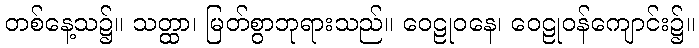
တစ်နေ့သ၌။ သတ္ထာ၊ မြတ်စွာဘုရားသည်။ ဝေဠုဝနေ၊ ဝေဠုဝန်ကျောင်း၌။